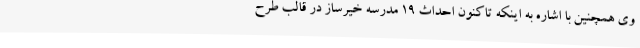
وی همچنین با اشاره به اینکه تاکنون احداث ۱۹ مدرسه خیرساز در قالب طرح‌